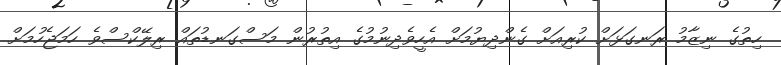
ހިތުގެ ނިޒާމު ރަނގަޅަށް ކުރިއަށް ގެންދިޔުމަށް އެހީވެދިނުމުގެ އިތުރުން މަސްގަނޑުތައް ރިލޭކްސްވެ ހަމަޖެހުމަށް